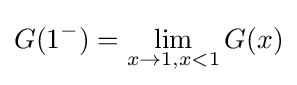
G(1^{-})=\lim _{x\to 1,x<1}G(x)